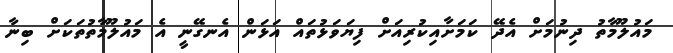
މައުލޫމާތު ދިނުމަށް އެދޭ ކަމަށާއިކުރިއަށް ފިޔަވަޅުތައް އަޅަން އެނގޭނީ އެ މައުލޫމާތުތަަކަށް ބިނާ